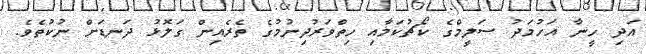
އަދި ހީނާ އަހުމަދު ސަލީމްގެ ކޯޗުކަމާއި ހިތްވަރުދިނުމުގެ ތެރެއިން ގަލޮޅު ދަނޑަށް ނުކުތެވެ.